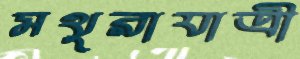
মথুরাযাত্রী